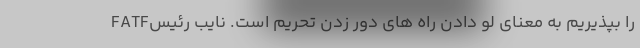
FATFرا بپذیریم به معنای لو دادن راه های دور زدن تحریم است. نایب رئیس